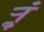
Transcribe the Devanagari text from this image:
र्‍ाॣ